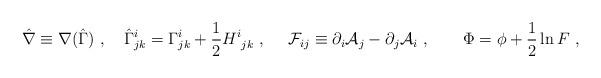
LaTeX: \begin{align*}\hat \nabla\equiv \nabla (\hat \Gamma)\ , \ \ \ \hat \Gamma^i_{jk}= \Gamma^i_{jk} + {1\over 2} H^i_{\ jk} \ , \ \ \ \ {\cal F}_{ij} \equiv \partial_i {\cal A}_j -\partial_j {\cal A}_i\ ,\ \ \ \ \ \ \Phi = \phi + {1\over 2} \ln F\ ,\end{align*}